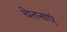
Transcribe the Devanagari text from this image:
चेतनाएं